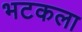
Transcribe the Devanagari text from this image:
भटकला